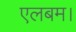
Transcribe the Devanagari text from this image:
एलबम।